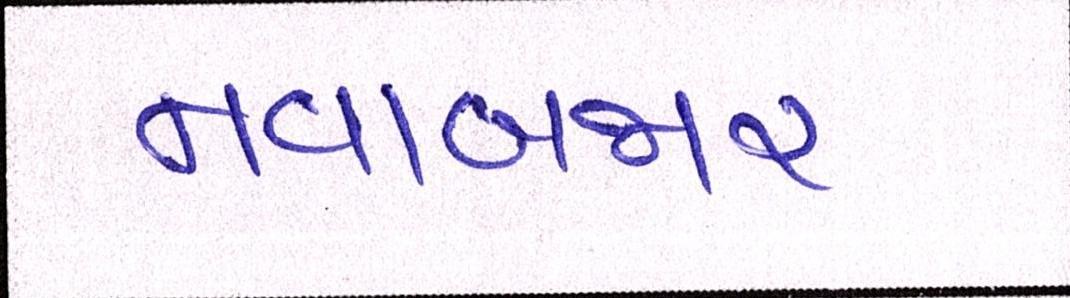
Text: નવાબજાર